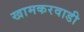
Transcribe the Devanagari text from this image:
खामकरवाडी